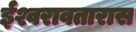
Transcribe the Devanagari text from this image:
ईश्वरावतारास